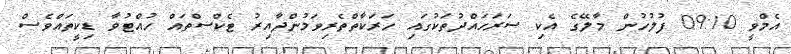
އެމްވީ 09:10 ފުލުހުން މާލޭގެ އެކި ސަރަހައްދުތަކުގައި ހަރަކާތްތެރިވަމުންދާއިރު ޓެކްސްތައް ހުއްޓުވާ ޑިކީތައްވެސް